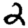
Digit: 2